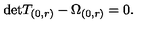
\mathrm { d e t } T _ { ( 0 , r ) } - \Omega _ { ( 0 , r ) } = 0 .